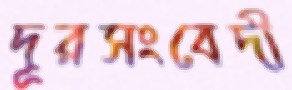
দূরসংবেদী